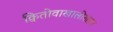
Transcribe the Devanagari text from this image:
क्वितोवाखालोखाल